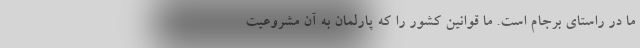
ما در راستای برجام است. ما قوانین کشور را که پارلمان به آن مشروعیت